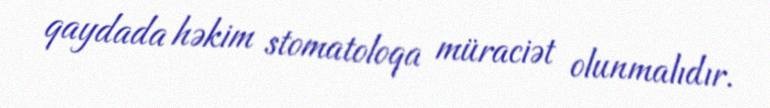
qaydada həkim stomatoloqa müraciət olunmalıdır.